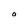
Character: a